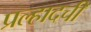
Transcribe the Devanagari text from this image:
प्रल्हादची